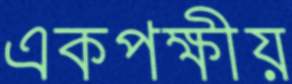
একপক্ষীয়